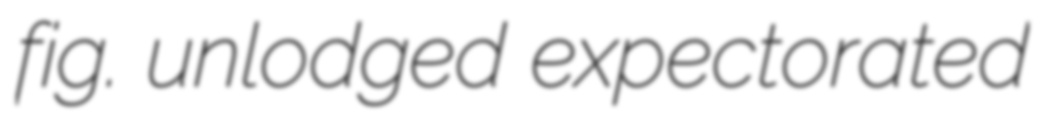
fig. unlodged expectorated